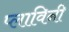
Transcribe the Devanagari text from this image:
प्लाविनी